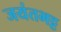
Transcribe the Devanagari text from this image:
जयंतभट्ट